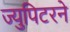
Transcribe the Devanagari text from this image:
ज्युपिटरने